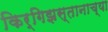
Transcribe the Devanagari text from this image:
किर्गिझस्तानाच्या